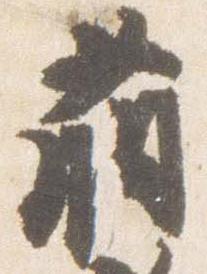
萌